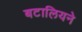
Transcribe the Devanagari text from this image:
बटालियने